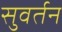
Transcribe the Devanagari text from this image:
सुवर्तन